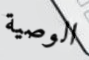
الوصية